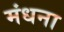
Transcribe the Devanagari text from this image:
मंधना